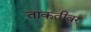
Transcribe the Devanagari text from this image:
ताकतीवर